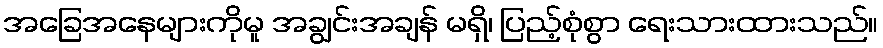
အခြေအနေများကိုမူ အချွင်းအချန် မရှိ၊ ပြည့်စုံစွာ ရေးသားထားသည်။